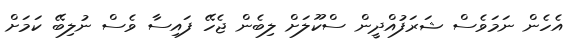
އެހެން ނަމަވެސް ޝަރަފުއްދީން ސްކޫލަށް ލިބެން ޖެހޭ ފައިސާ ވެސް ނުލިބޭ ކަމަށް